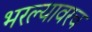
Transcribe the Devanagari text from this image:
भरल्यावरच